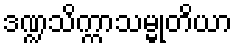
ဒဏ္ဍသိက္ကာသမ္မုတိယာ